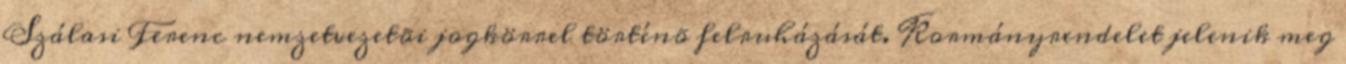
Szálasi Ferenc nemzetvezetõi jogkörrel történõ felruházását. Kormányrendelet jelenik meg